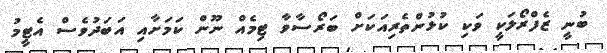
ބުނީ ޒެފްރޯލަކީ ވަކި ކުޅުންތެރިއަކަށް ބަރޯސާވާ ޓިމެއް ނޫން ކަމަށާއި އަބަދުވެސް އެޓީމު